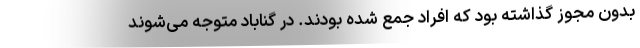
بدون مجوز گذاشته بود که افراد جمع شده بودند. در گناباد متوجه می‌شوند